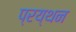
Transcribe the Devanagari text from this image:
प्रय्थन